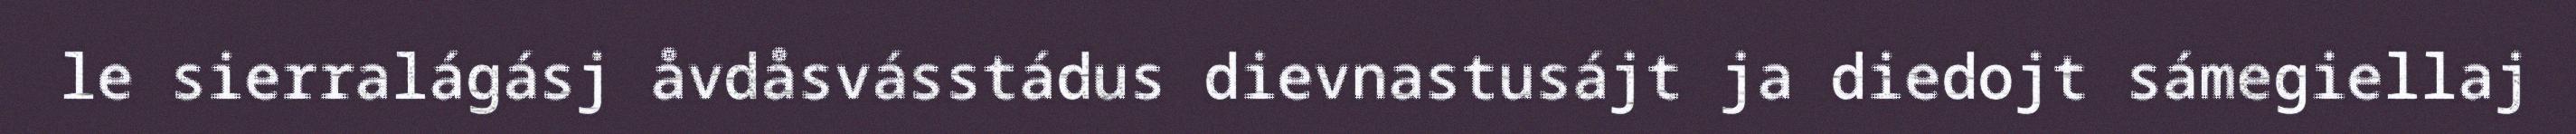
le sierralágásj åvdåsvásstádus dievnastusájt ja diedojt sámegiellaj